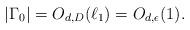
LaTeX: \begin{align*}|\Gamma_0|=O_{d,D}(\ell_1)=O_{d,\epsilon}(1).\end{align*}